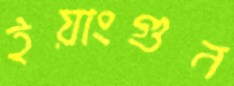
ইয়াংগুন